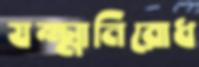
যক্ষ্মানিরোধ